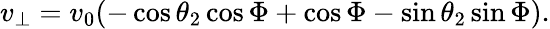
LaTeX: \begin{array}{r}{v_{\perp}=v_{0}(-\cos\theta_{2}\cos\Phi+\cos\Phi-\sin\theta_{2}\sin\Phi).}\end{array}